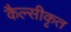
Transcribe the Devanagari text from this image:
कैल्सीकृत